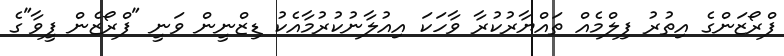
ފްރޯޒަންގެ އިތުރު ފިލްމެއް ތައްޔާރުކުރާ ވާހަކަ އިއުލާނުކުރުމާއެކު ޑިޒްނީން ވަނީ "ފްރޯޒެން ފީވާ"ގެ